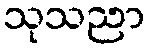
သုသညာ